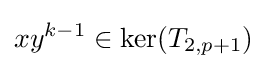
xy^{k-1}\in \ker(T_{2,p+1})